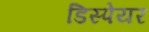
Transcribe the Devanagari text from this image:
डिस्पेयर